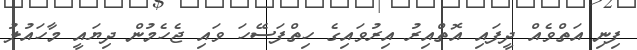
ފިނި އަތްވެއް ދީފައި އޮތްއިރު އިރުވައިގެ ހިތްފަސޭހަ ވައި ޖެހެމުން ދިޔައީ މާހައުލު